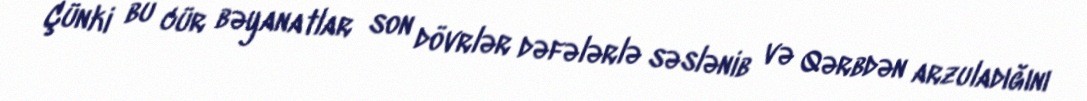
Çünki bu cür bəyanatlar son dövrlər dəfələrlə səslənib və Qərbdən arzuladığını